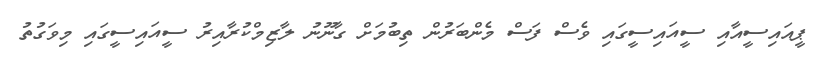
ޕީއައިސީއާއި ސީއައިސީގައި ވެސް ފަސް މެންބަރުން ތިބުމަށް ގާނޫނު ލާޒިމްކުރާއިރު ސީއައިސީގައި މިވަގުތު